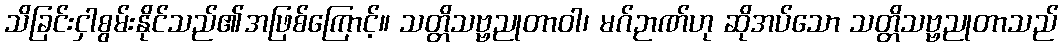
သိခြင်းငှါစွမ်းနိုင်သည်၏အဖြစ်ကြောင့်။ သတ္တိသဗ္ဗညုတာဝါ၊ မဂ်ဉာဏ်ဟု ဆိုအပ်သော သတ္တိသဗ္ဗညုတာသည်